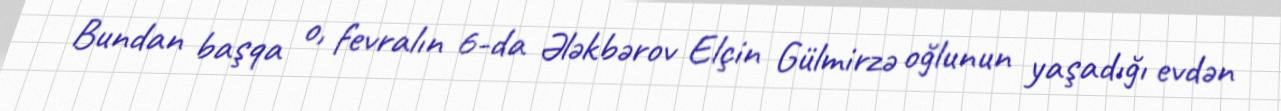
Bundan başqa o, fevralın 6-da Ələkbərov Elçin Gülmirzə oğlunun yaşadığı evdən